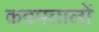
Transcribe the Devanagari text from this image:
कदमतालों